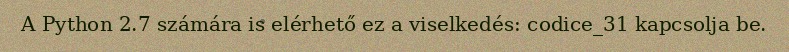
A Python 2.7 számára is elérhető ez a viselkedés: codice_31 kapcsolja be.